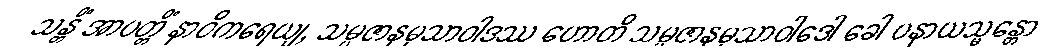
သန္တိံ အာပတ္တိံ နာဝိကရေယျ, သမ္ပဇာနမုသာဝါဒဿ ဟောတိ သမ္ပဇာနမုသာဝါဒေါ ခေါ ပနာယသ္မန္တော